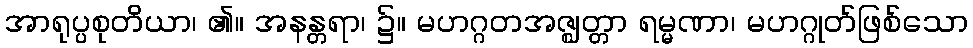
အာရုပ္ပစုတိယာ၊ ၏။ အနန္တရာ၊ ၌။ မဟဂ္ဂတအဇ္ဈတ္တာ ရမ္မဏာ၊ မဟဂ္ဂုတ်ဖြစ်သော